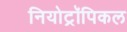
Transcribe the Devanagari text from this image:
नियोट्रॉपिकल